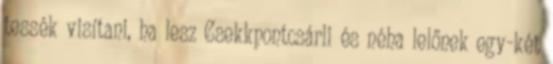
tessék visítani, ha lesz Csekkpontcsárli és néha lelőnek egy-két